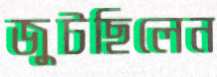
জুটছিলেন